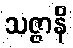
သဇ္ဇာနိ